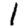
Digit: 1